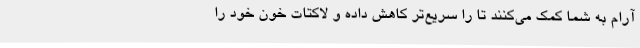
آرام به شما کمک می‌کنند تا را سریع‌تر کاهش داده و لاکتات خون خود را